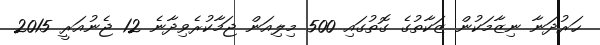
ހަރުދަނާ ނިޒާމަކުން ޒަކާތުގެ ގޮތުގައި 500 މިލިއަން ޖަމާކުރެވިދާނެ 12 ޖެނުއަރީ 2015